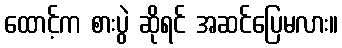
ထောင့်က စားပွဲ ဆိုရင် အဆင်ပြေမလား။